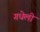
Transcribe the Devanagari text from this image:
गधेली